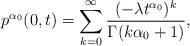
LaTeX: \begin{align*}p^{\alpha_0}(0,t)=\sum_{k=0}^{\infty}\frac{(-\lambda t^{\alpha_0})^{k}}{\Gamma(k{\alpha_0}+1)},\end{align*}